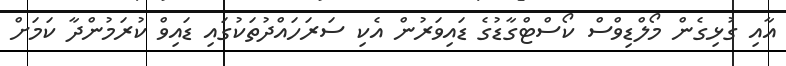
އާއި ގުޅިގެން މޯލްޑިވްސް ކޯސްޓްގާޑުގެ ޑައިވަރުން އެކި ސަރަހައްދުތަކުގައި ޑައިވް ކުރަމުންދާ ކަމަށް